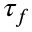
\tau _ { f }